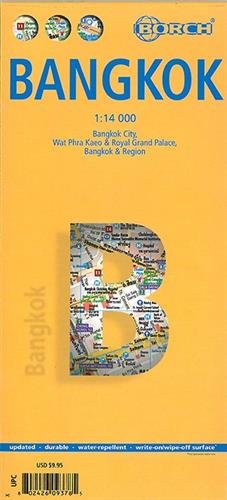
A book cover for Laminated Bangkok Map by Borch (English Edition); Borch; Travel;